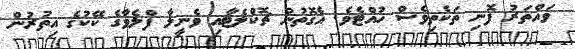
ވައްތަރު ފޮނި ތަކެތިވެސް ހުއްޓެވެ. އެގޮތުން ޗޮކްލެޓާއި ވެނީލާ ފްލެވާގެ ކޭކުގެ އިތުރުން